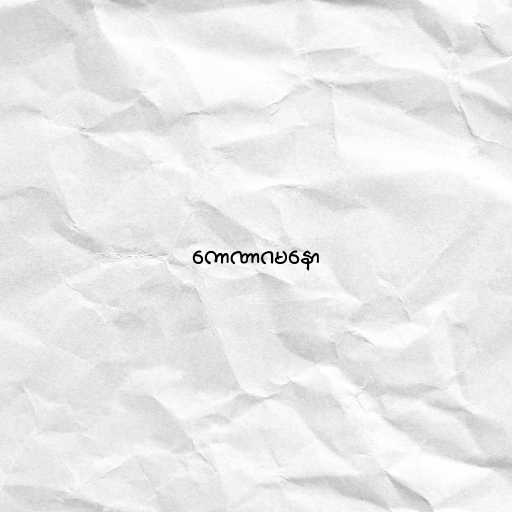
ကောဏာဂမနော